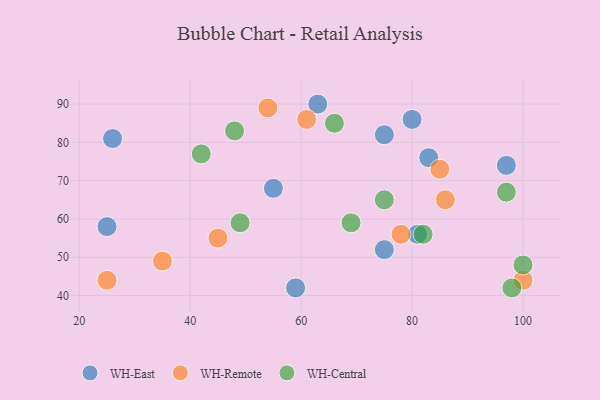
{"axis": {"x": "GDP", "y": "Life Expectancy"}, "legend": ["WH-Central", "WH-East", "WH-Remote"], "data": [{"x": "26", "y": 81, "type": "WH-East"}, {"x": "75", "y": 82, "type": "WH-East"}, {"x": "80", "y": 86, "type": "WH-East"}, {"x": "55", "y": 68, "type": "WH-East"}, {"x": "81", "y": 56, "type": "WH-East"}, {"x": "97", "y": 74, "type": "WH-East"}, {"x": "63", "y": 90, "type": "WH-East"}, {"x": "25", "y": 58, "type": "WH-East"}, {"x": "83", "y": 76, "type": "WH-East"}, {"x": "59", "y": 42, "type": "WH-East"}, {"x": "75", "y": 52, "type": "WH-East"}, {"x": "25", "y": 44, "type": "WH-Remote"}, {"x": "86", "y": 65, "type": "WH-Remote"}, {"x": "61", "y": 86, "type": "WH-Remote"}, {"x": "78", "y": 56, "type": "WH-Remote"}, {"x": "54", "y": 89, "type": "WH-Remote"}, {"x": "100", "y": 44, "type": "WH-Remote"}, {"x": "45", "y": 55, "type": "WH-Remote"}, {"x": "85", "y": 73, "type": "WH-Remote"}, {"x": "35", "y": 49, "type": "WH-Remote"}, {"x": "42", "y": 77, "type": "WH-Central"}, {"x": "66", "y": 85, "type": "WH-Central"}, {"x": "69", "y": 59, "type": "WH-Central"}, {"x": "100", "y": 48, "type": "WH-Central"}, {"x": "97", "y": 67, "type": "WH-Central"}, {"x": "82", "y": 56, "type": "WH-Central"}, {"x": "49", "y": 59, "type": "WH-Central"}, {"x": "75", "y": 65, "type": "WH-Central"}, {"x": "48", "y": 83, "type": "WH-Central"}, {"x": "98", "y": 42, "type": "WH-Central"}]}